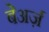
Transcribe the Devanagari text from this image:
बेअर्ज़